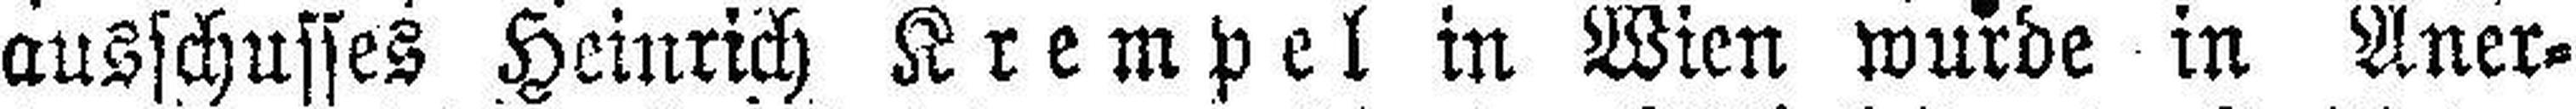
ausschusses Heinrich Krempel in Wien wurde in Aner¬